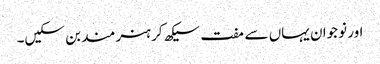
اور نوجوان یہاں سے مفت سیکھ کر ہنر مند بن سکیں۔